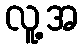
လူ့အ